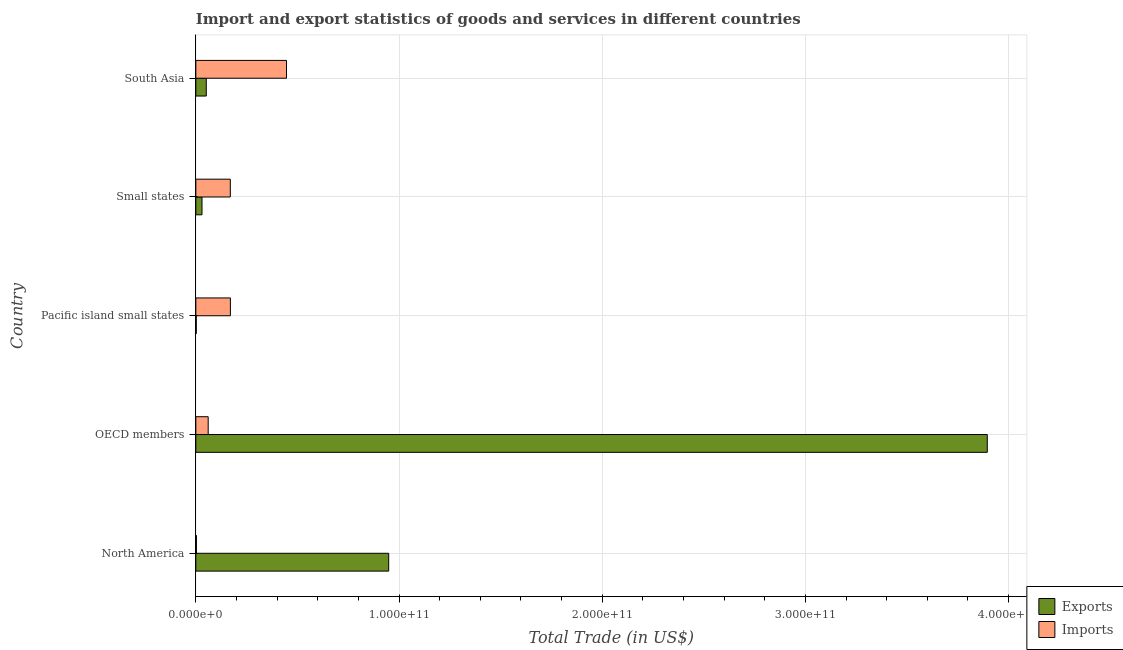
| Country | Exports | Imports |
 | --- | --- | --- |
 | North America | 9.49e+10 | 2.92e+08 |
 | OECD members | 3.89e+11 | 6.08e+09 |
 | Pacific island small states | 2.09e+08 | 1.7e+10 |
 | Small states | 3.04e+09 | 1.7e+10 |
 | South Asia | 5.14e+09 | 4.46e+10 |